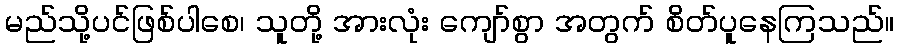
မည်သို့ပင်ဖြစ်ပါစေ၊ သူတို့ အားလုံး ကျော်စွာ အတွက် စိတ်ပူနေကြသည်။